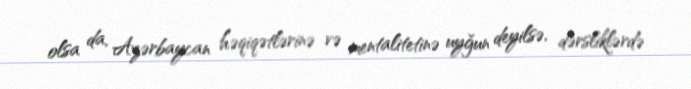
olsa da, Azərbaycan həqiqətlərinə və mentalitetinə uyğun deyilsə, dərsliklərdə